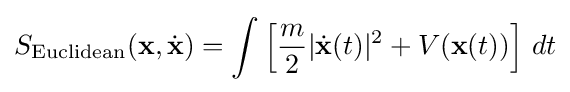
S_{\mathrm {Euclidean} }(\mathbf {x} ,{\dot {\mathbf {x} }})=\int \left[{\frac {m}{2}}|{\dot {\mathbf {x} }}(t)|^{2}+V(\mathbf {x} (t))\right]\,dt